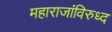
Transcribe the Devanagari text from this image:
महाराजांविरुध्द